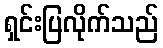
ရှင်းပြလိုက်သည်